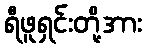
ရီဖူရှင်းတို့အား